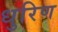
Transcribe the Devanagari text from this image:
धुरिण